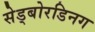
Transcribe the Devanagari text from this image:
सेड्बोरडिनग